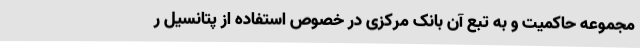
مجموعه حاکمیت و به تبع آن بانک مرکزی در خصوص استفاده از پتانسیل ر